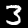
Label: 3